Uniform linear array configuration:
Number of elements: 16
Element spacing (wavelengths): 1
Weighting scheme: blackman
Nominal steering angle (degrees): -60
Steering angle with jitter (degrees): -58.364
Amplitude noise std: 0.05
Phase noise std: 0.05

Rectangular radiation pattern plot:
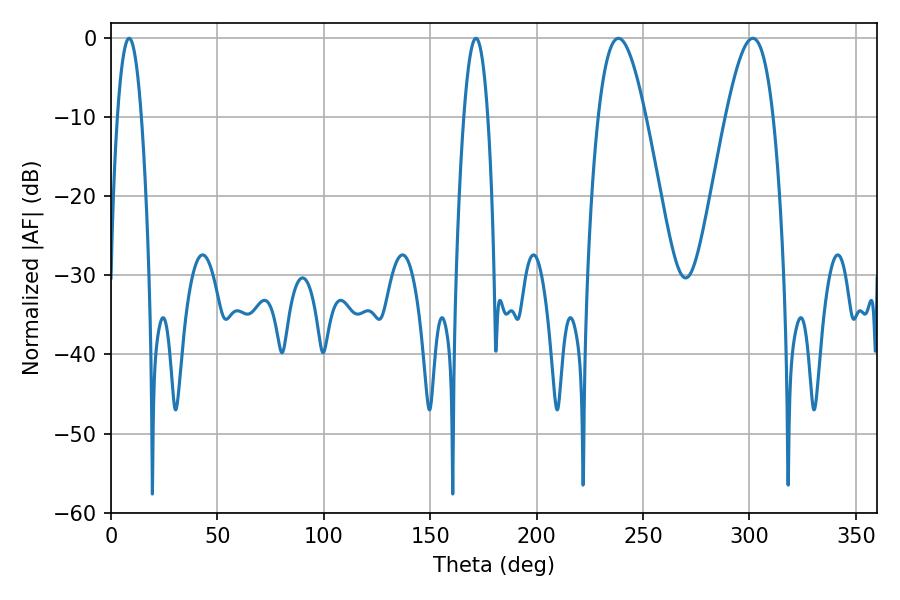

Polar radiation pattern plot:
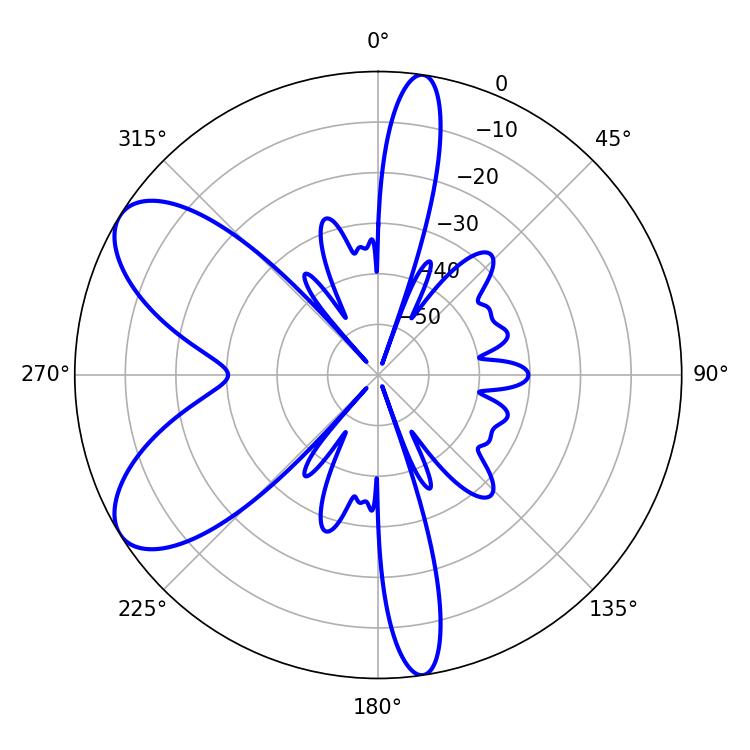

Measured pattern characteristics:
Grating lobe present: TRUE
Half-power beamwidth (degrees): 12.06
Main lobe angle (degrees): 301.5